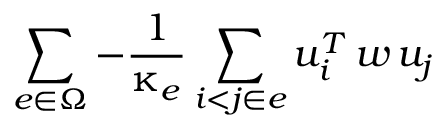
\sum _ { e \in \upOmega } - \frac { 1 } { \upkappa _ { e } } \sum _ { i < j \in e } u _ { i } ^ { T } \, w \, u _ { j }